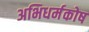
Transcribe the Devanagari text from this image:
अभिधर्मकोष